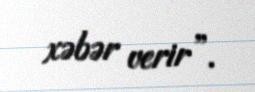
xəbər verir”.